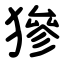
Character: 㺑